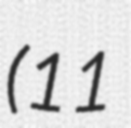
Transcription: (11